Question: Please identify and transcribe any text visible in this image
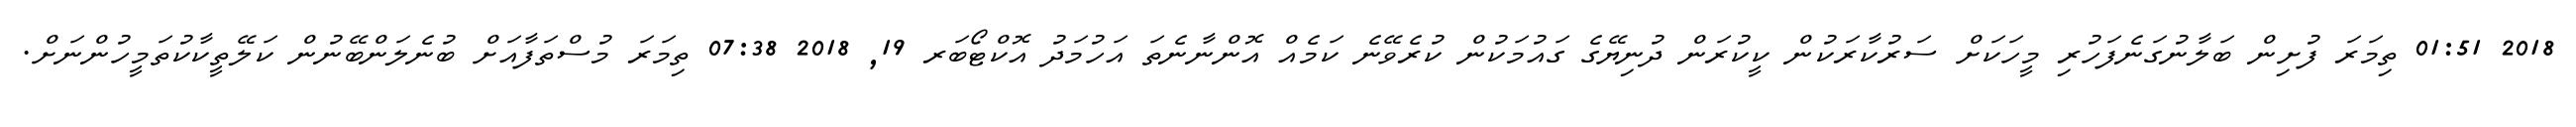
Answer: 2018 01:51 ތިމަރަ ފުށިން ބަލާނުގަނެފަހުރި މީހަކަށް ސަރުކާރަކުން ކީކުރަން ދުނިޔޭގެ ގައުމަކުން ކުރެވޭނެ ކަމެއް އޮންނާނެތަ އަހުމަދު އޮކްޓޯބަރ 19, 2018 07:38 ތިމަރަ މުސްތަފާއަށް ބުނެލަންބޭނުން ކަލޭތީކާކުތަމީހުންނަށް.